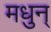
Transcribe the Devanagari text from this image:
मधुन्